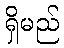
ရှိမည်